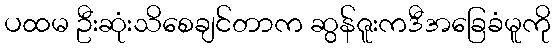
ပထမ ဦးဆုံးသိစေချင်တာက ဆွန်ဇူးကဒီအခြေခံမူကို